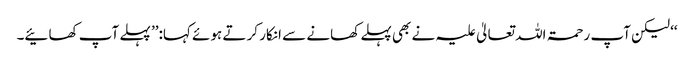
‘‘ لیکن آپ رحمۃ اللہ تعالیٰ علیہ نے بھی پہلے کھانے سے انکار کر تے ہوئے کہا:’’ پہلے آپ کھائیے۔